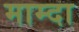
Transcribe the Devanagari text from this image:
माम्दा